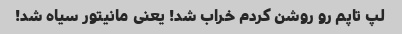
لپ تاپم رو روشن کردم خراب شد! یعنی مانیتور سیاه شد!